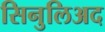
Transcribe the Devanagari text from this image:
सिनुलिअद